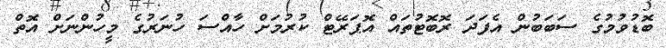
ބޮޑުވުމުގެ ސަބަބުން އެފަދަ ރޮބޮޓުތައް އޮޕަރޭޓް ކުރުމަށް ހާއްސަ ހުނަރުގެ މީހުންނަށް އޮތް